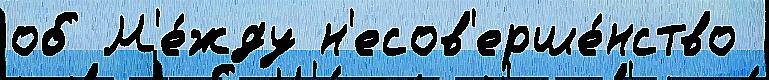
об М'е́жду н'есов'ерше́нство